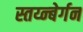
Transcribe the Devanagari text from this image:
स्तय्न्बेर्गन